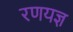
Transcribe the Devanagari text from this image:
रणयज्ञ